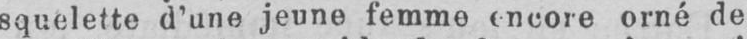
squelette d’une jeune femme encore orné de